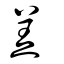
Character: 羔